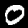
Digit: 0